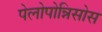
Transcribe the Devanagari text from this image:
पेलोपोन्निसोस